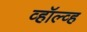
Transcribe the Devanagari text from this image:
व्हॉल्व्ह